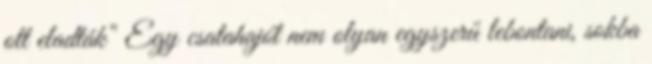
ott eladták" Egy csatahajót nem olyan egyszerű lebontani, sokba